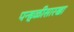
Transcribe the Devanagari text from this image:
पन्हळीसारखा